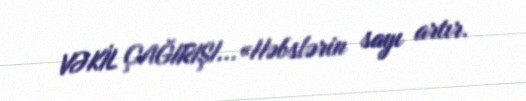
VƏKİL ÇAĞIRIŞI...«Həbslərin sayı artır.